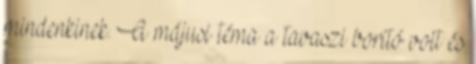
mindenkinek. A májusi téma a tavaszi borító volt és